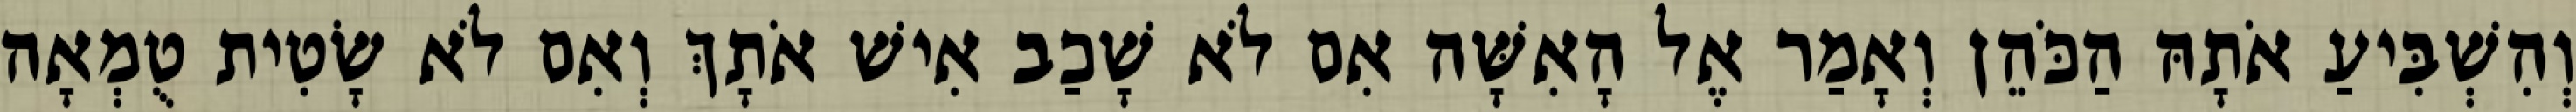
וְהִשְׁבִּיעַ אֹתָהּ הַכֹּהֵן וְאָמַר אֶל הָאִשָּׁה אִם לֹא שָׁכַב אִישׁ אֹתָךְ וְאִם לֹא שָׂטִית טֻמְאָה